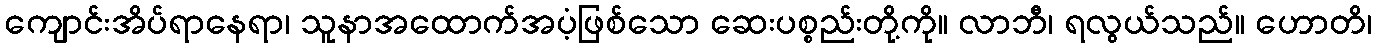
ကျောင်းအိပ်ရာနေရာ၊ သူနာအထောက်အပံ့ဖြစ်သော ဆေးပစ္စည်းတို့ကို။ လာဘီ၊ ရလွယ်သည်။ ဟောတိ၊